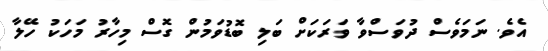
އެވެ. ނަމަވެސް ދުވަސްވާ ވަރަކަށް ބަލި ބޮޑުވަމުން ގޮސް މިހާރު މަހަކު ހޭލާ